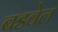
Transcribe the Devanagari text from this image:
बडवेल